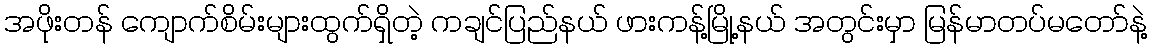
အဖိုးတန် ကျောက်စိမ်းများထွက်ရှိတဲ့ ကချင်ပြည်နယ် ဖားကန့်မြို့နယ် အတွင်းမှာ မြန်မာတပ်မတော်နဲ့